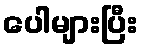
ပေါများပြီး